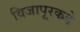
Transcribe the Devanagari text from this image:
विजापूरकडे